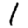
Digit: 1